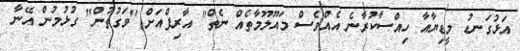
އަޅުގަނޑު މީޑިޔާއާ ހިއްސާކުރާނެ އެއްވެސް މައޫލޫމާތެއް ނެތް" އާރިފްއަށް "ވަގުތުން" ގުޅުމުން އޭނާ